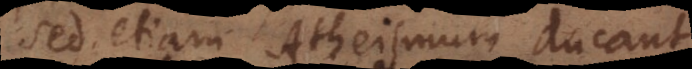
sed etiam Atheismum ducant.